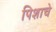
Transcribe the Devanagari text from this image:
पिशाचे